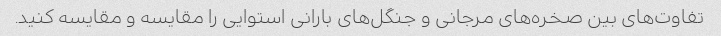
تفاوت‌های بین صخره‌های مرجانی و جنگل‌های بارانی استوایی را مقایسه و مقایسه کنید.